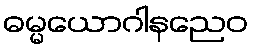
ဓမ္မယောဂါနညေဝ